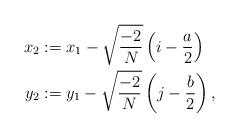
LaTeX: \begin{align*} x_2 &:= x_1 - \sqrt{\frac{-2}{N}}\left(i -\frac{a}{2}\right)\\ y_2 &:= y_1 - \sqrt{\frac{-2}{N}}\left(j -\frac{b}{2}\right),\end{align*}